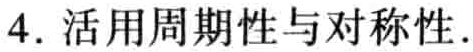
4. 活用周期性与对称性.